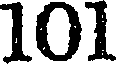
101